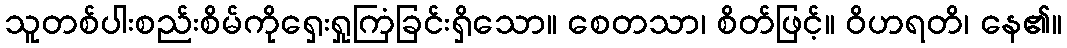
သူတစ်ပါးစည်းစိမ်ကိုရှေးရှုကြံခြင်းရှိသော။ စေတသာ၊ စိတ်ဖြင့်။ ဝိဟရတိ၊ နေ၏။